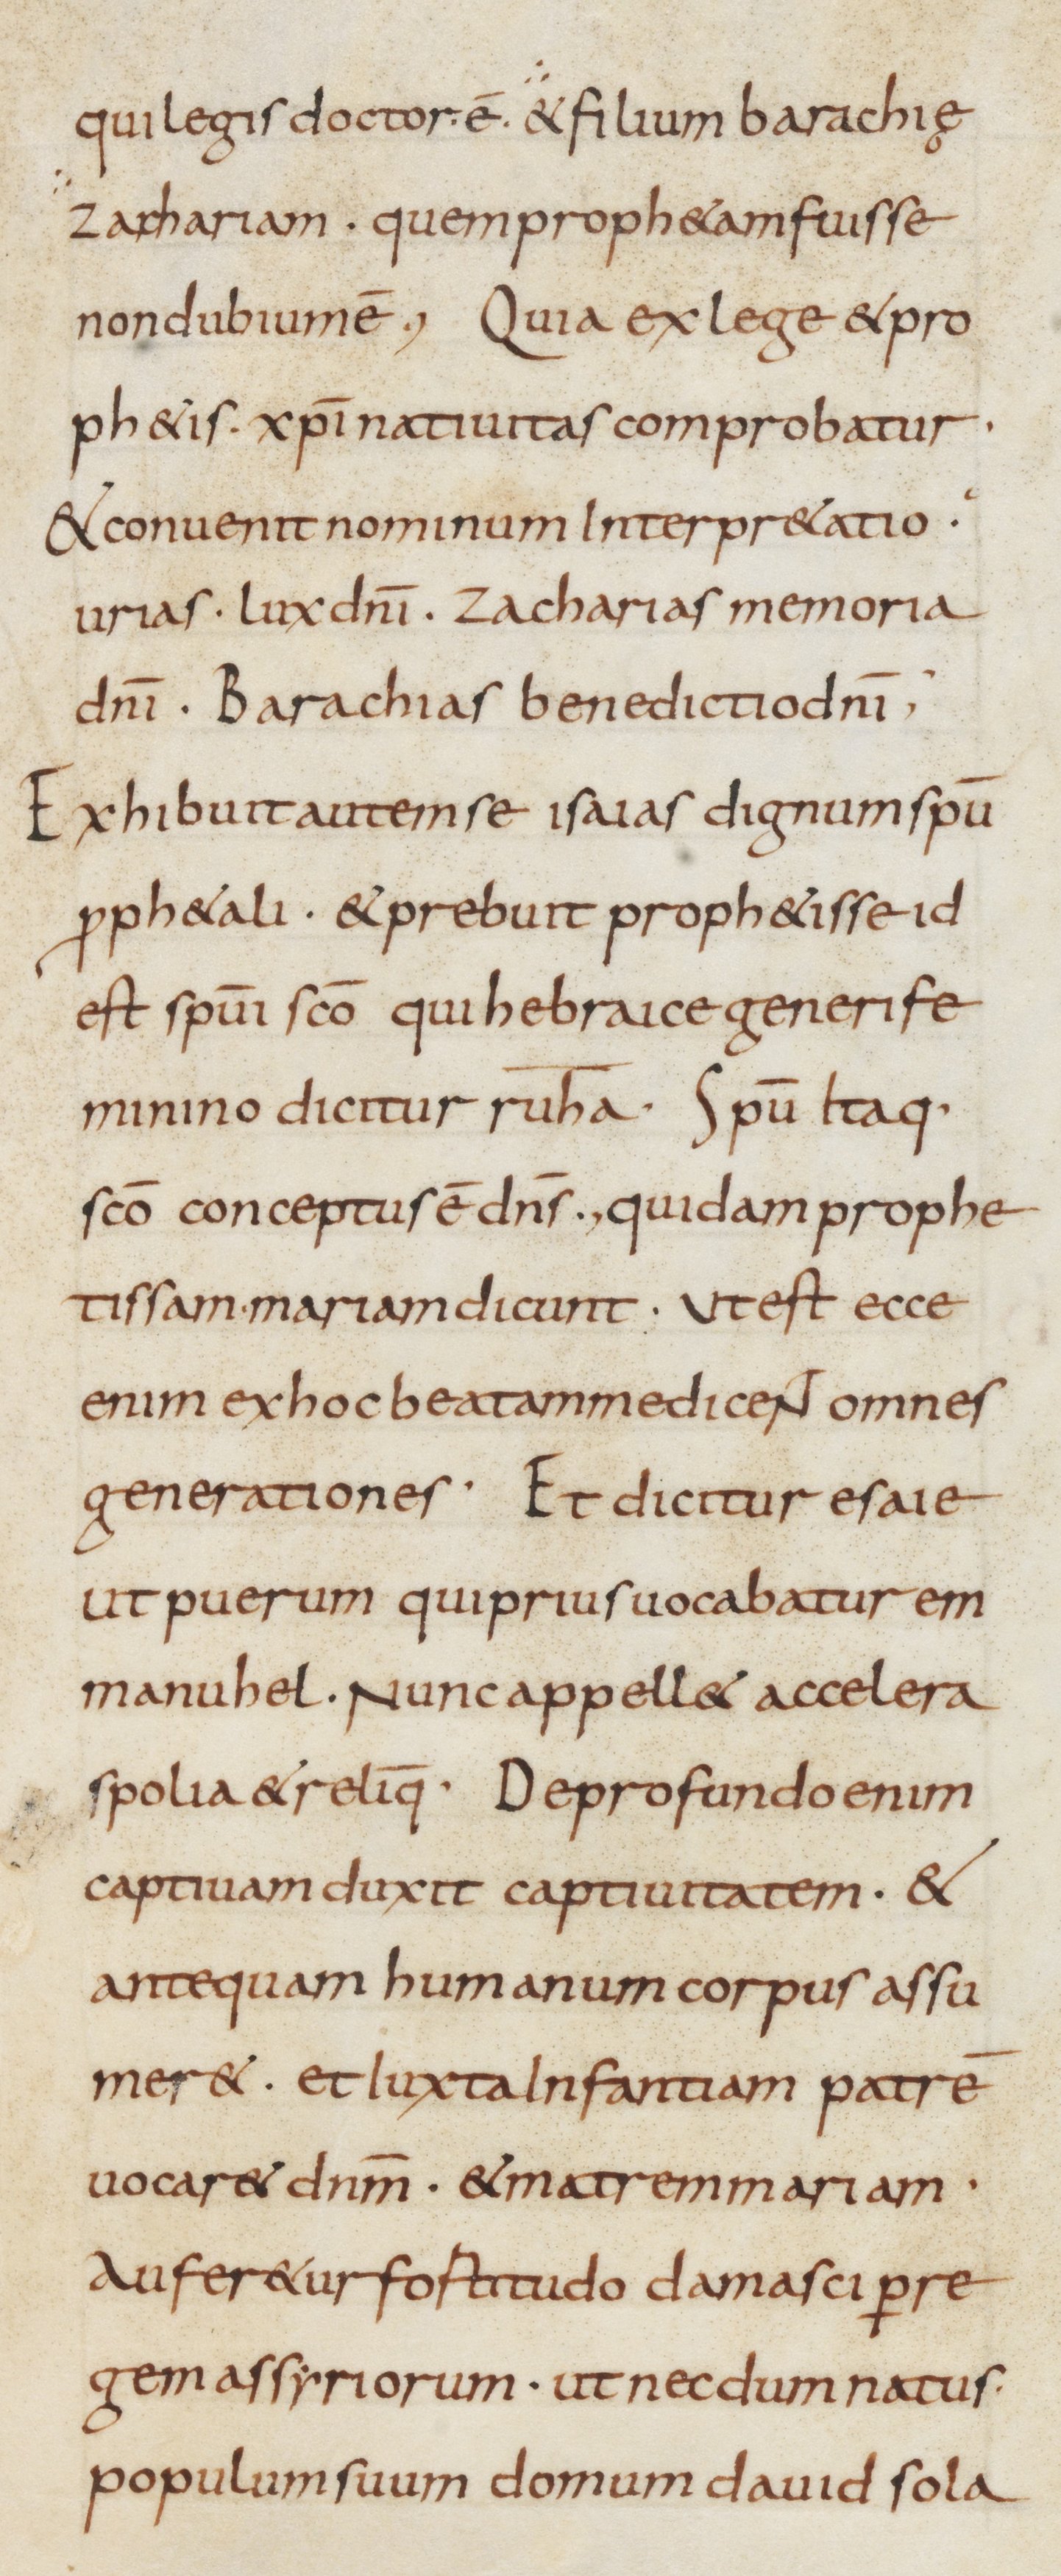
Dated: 800–899